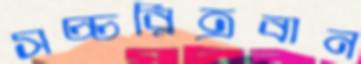
সচ্চরিত্রবান